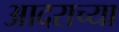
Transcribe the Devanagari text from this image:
आदराच्या